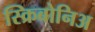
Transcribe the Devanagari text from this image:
स्क्रिबोनिअ